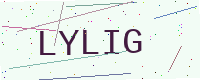
Text: LYLIG